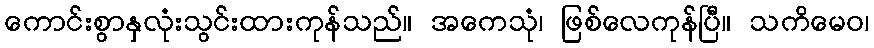
ကောင်းစွာနှလုံးသွင်းထားကုန်သည်။ အကေသုံ၊ ဖြစ်လေကုန်ပြီ။ သကိမေဝ၊